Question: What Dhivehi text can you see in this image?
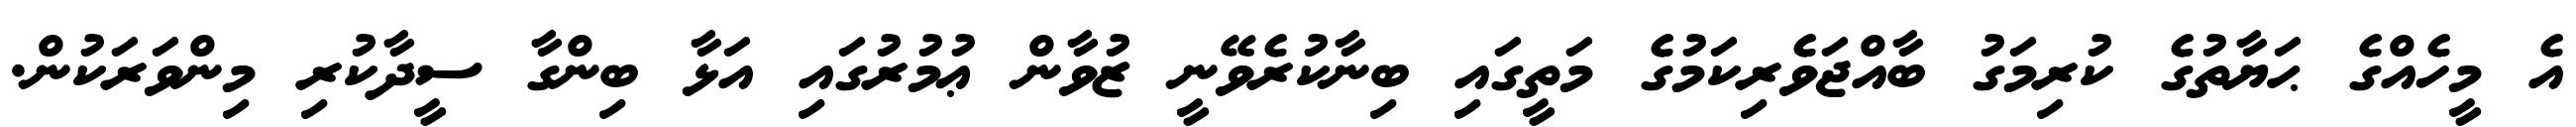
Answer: އެ މީހެއްގެ ޙަޔާތުގެ ކުރިމަގު ބާއްޖަވެރިކަމުގެ މަތީގައި ބިނާކުރެވޭނީ ޒުވާން ޢުމުރުގައި އަޅާ ބިންގާ ސީދާކުރި މިންވަރަކުން.